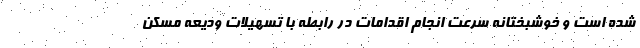
شده است و خوشبختانه سرعت انجام اقدامات در رابطه با تسهیلات ودیعه مسکن